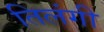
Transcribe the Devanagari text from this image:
तिलंगी